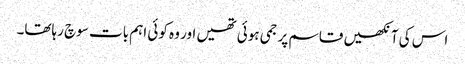
اس کی آنکھیں قاسم پر جمی ہوئی تھیں اور وہ کوئی اہم بات سوچ رہاتھا۔